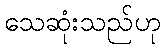
သေဆုံးသည်ဟု